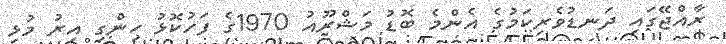
ރާއްޖޭގައި ދަނޑުވެރިކަމުގެ އެންމެ ބޮޑު މަޝްރޫއު 1970ގެ ފަހުކޮޅު ހިންގި އިރު މުޅި